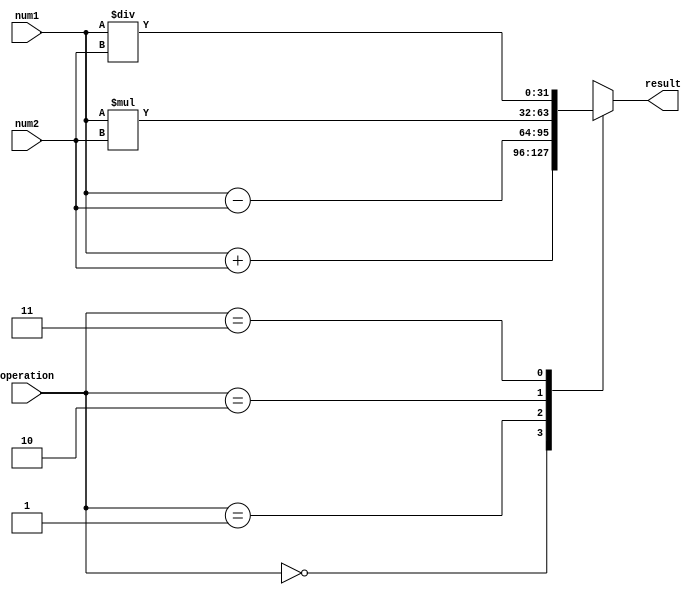
module floating_point_unit (
    input [31:0] num1,
    input [31:0] num2,
    input [1:0] operation,
    output reg [31:0] result
);

always @(*) begin
    case(operation)
        2'b00: result = num1 + num2; // Addition
        2'b01: result = num1 - num2; // Subtraction
        2'b10: result = num1 * num2; // Multiplication
        2'b11: result = num1 / num2; // Division
        default: result = 0;
    endcase
end

endmodule